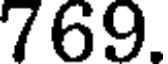
769.